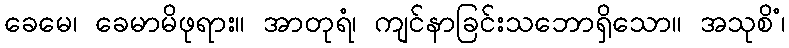
ခေမေ၊ ခေမာမိဖုရား။ အာတုရံ၊ ကျင်နာခြင်းသဘောရှိသော။ အသုစိံ၊